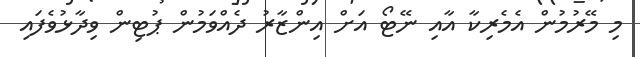
މި މޭރުމުން އެމެރިކާ އާއި ނޭޓޯ އަށް އިންޒާރު ދެއްވަމުން ޕުޓިން ވިދާޅުވެފައި